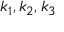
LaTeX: k _ { 1 } , k _ { 2 } , k _ { 3 }